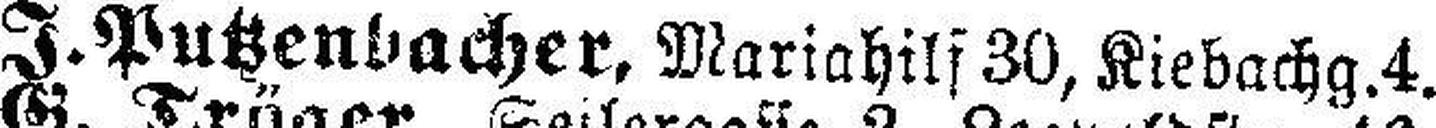
J.Putzenbacher, Mariahilf 30, Kiebachg.4.